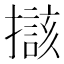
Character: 𱠼